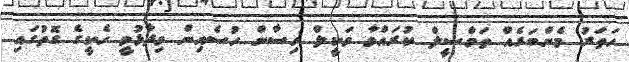
ހަތަރު މެންބަރެއް ތަމްސީލް ކުރައްވާ ވަކީލް ހިސާން ހުސެއިން ވިދާޅުވީ ހެކީގެ ގޮތުގައި